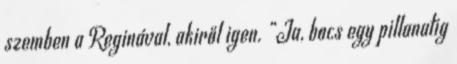
szemben a Reginával, akiről igen. “Ja, bocs egy pillanatig